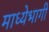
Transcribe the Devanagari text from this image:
माध्येभागी